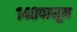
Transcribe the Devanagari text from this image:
१४०पासून